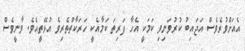
އެއަށްވުރެވެސް އަޖައިބު ކުރުވަނިވި ކަމަކީ އެހާ ފަރިތަ ކަމާއެކީ ހަރަކާތްތެރިވެ އުޅޭތީއެވެ. ވާނީވެސް